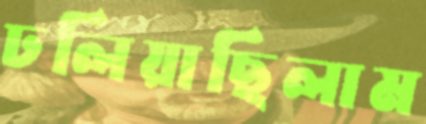
ঢলিয়াছিলাম